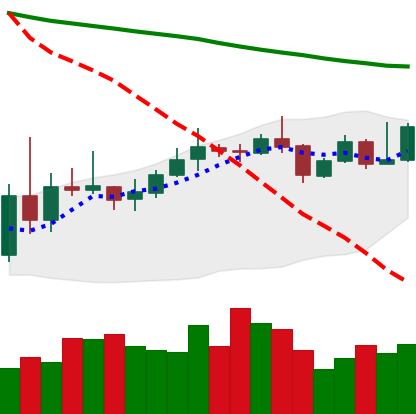
Ticker: XMR-USD
Chart end date: 2019-11-13
Forward return: -9.115%
Label: down_7plus